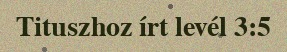
Tituszhoz írt levél 3:5